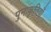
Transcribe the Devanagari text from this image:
पुनःकृतियाँ